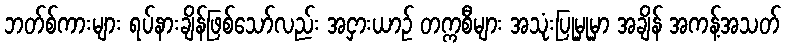
ဘတ်စ်ကားများ ရပ်နားချိန်ဖြစ်သော်လည်း အငှားယာဉ် တက္ကစီများ အသုံးပြုမှုမှာ အချိန် အကန့်အသတ်